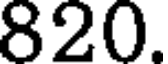
820.